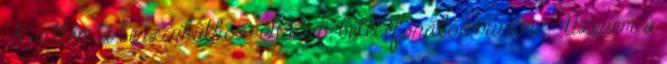
Kivittem a benzinkúthoz. Rádió, betelefonálós műsor: - Üzenem a